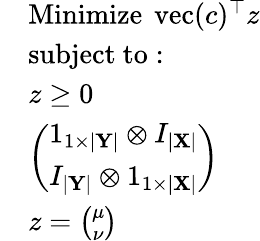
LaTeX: {\begin{array}{rl}&{{\mathrm{Minimize~}}\operatorname{vec}(c)^{\top}z}\\ &{{\mathrm{subject~to:}}}\\ &{z\geq 0}\\ &{{\left(\begin{array}{l}{1_{1\times\left\vert\mathbf{Y}\right\vert}\otimes I_{\left\vert\mathbf{X}\right\vert}}\\ {I_{\left\vert\mathbf{Y}\right\vert}\otimes 1_{1\times\left\vert\mathbf{X}\right\vert}}\end{array}\right)}}\\ &{z={\binom{\mu}{\nu}}}\end{array}}